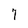
Character: 7